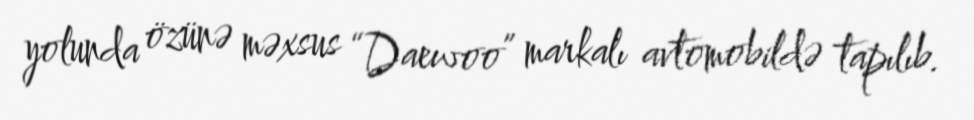
yolunda özünə məxsus “Daewoo” markalı avtomobildə tapılıb.